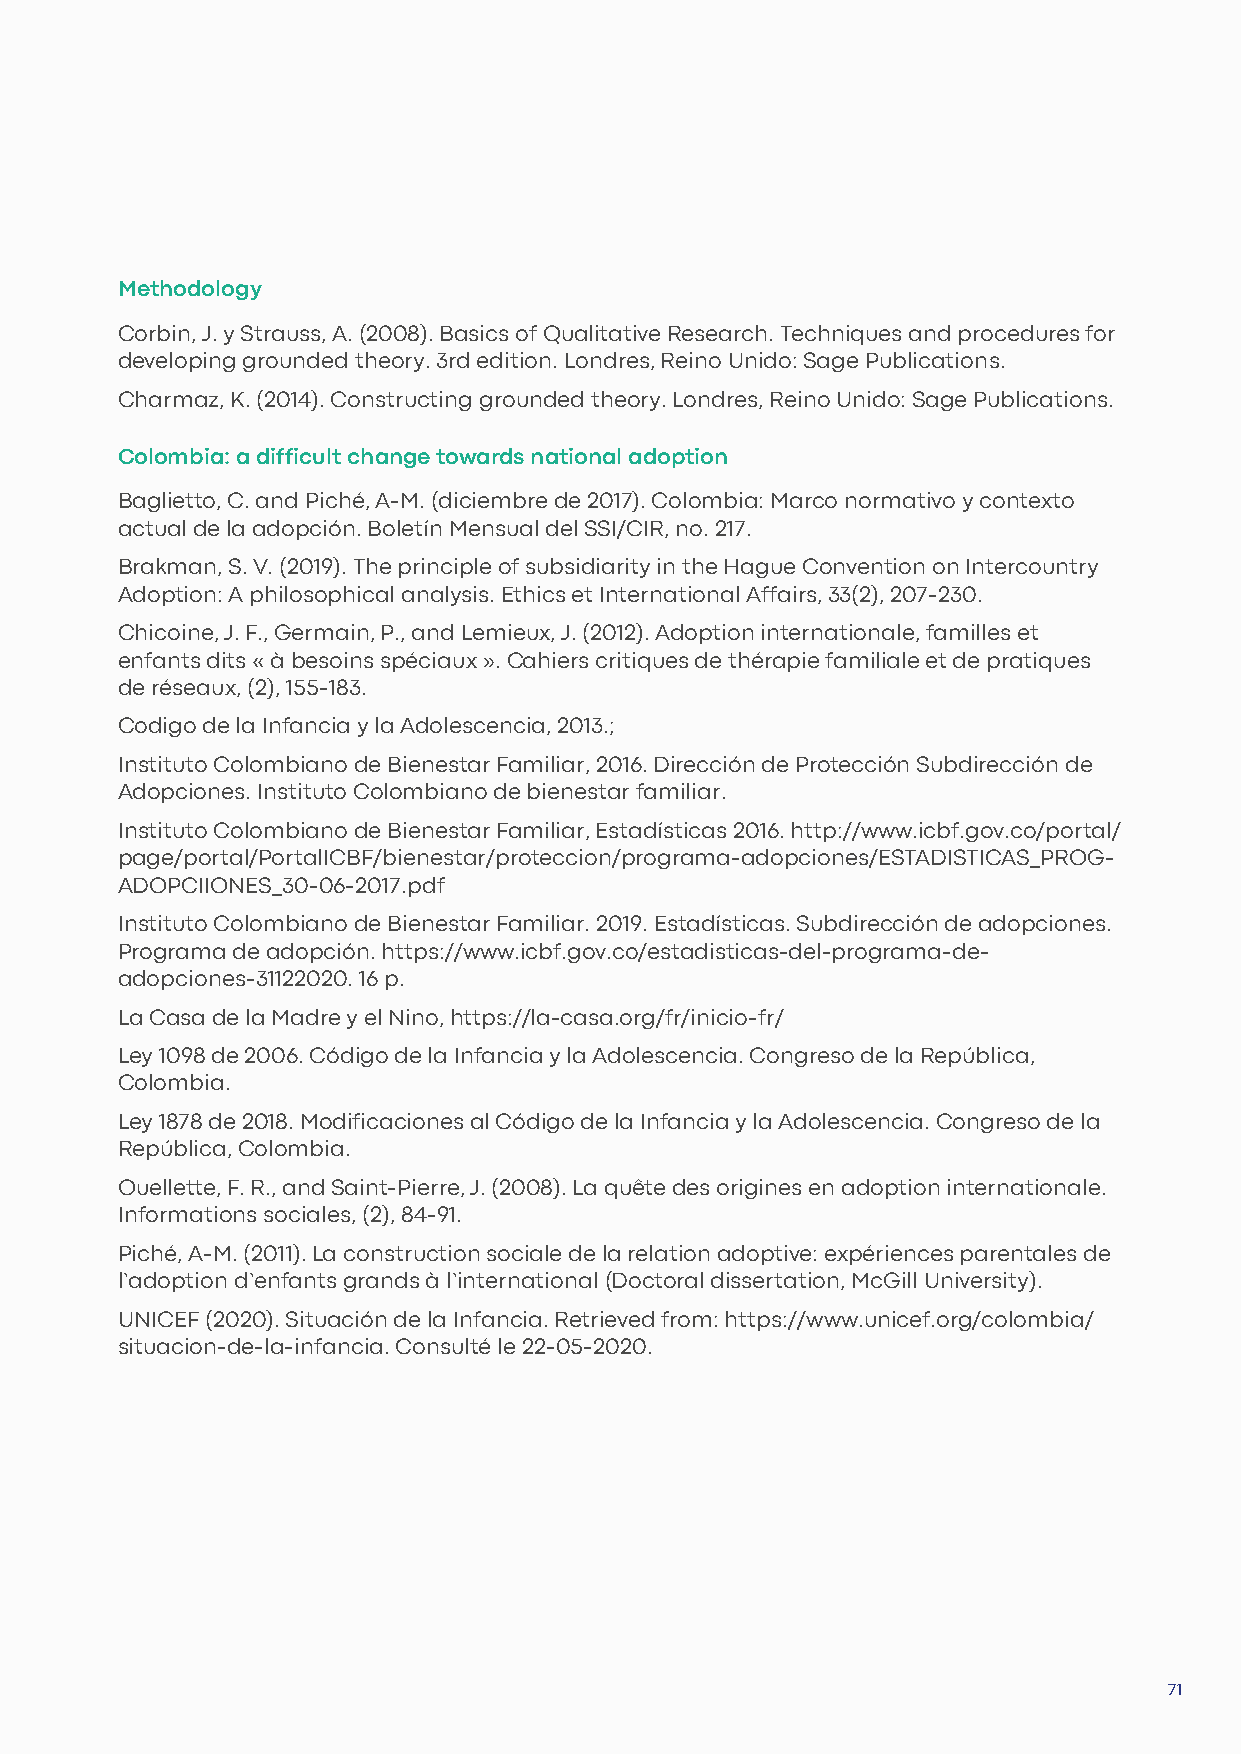
Methodology
 Corbin, J. y Strauss, A. (2008). Basics of Qualitative Research. Techniques and procedures for
 developing grounded theory. 3rd edition. Londres, Reino Unido: Sage Publications.
 Charmaz, K. (2014). Constructing grounded theory. Londres, Reino Unido: Sage Publications.
 Colombia: a difficult change towards national adoption
 Baglietto, C. and Piché, A-M. (diciembre de 2017). Colombia: Marco normativo y contexto
 actual de la adopción. Boletín Mensual del SSI/CIR, no. 217.
 Brakman, S. V. (2019). The principle of subsidiarity in the Hague Convention on Intercountry
 Adoption: A philosophical analysis. Ethics et International Affairs, 33(2), 207-230.
 Chicoine, J. F., Germain, P., and Lemieux, J. (2012). Adoption internationale, familles et
 enfants dits « à besoins spéciaux ». Cahiers critiques de thérapie familiale et de pratiques
 de réseaux, (2), 155-183.
 Codigo de la Infancia y la Adolescencia, 2013.;
 Instituto Colombiano de Bienestar Familiar, 2016. Dirección de Protección Subdirección de
 Adopciones. Instituto Colombiano de bienestar familiar.
 Instituto Colombiano de Bienestar Familiar, Estadísticas 2016. http://www.icbf.gov.co/portal/
 page/portal/PortalICBF/bienestar/proteccion/programa-adopciones/ESTADISTICAS_PROG-
 ADOPCIIONES_30-06-2017.pdf
 Instituto Colombiano de Bienestar Familiar. 2019. Estadísticas. Subdirección de adopciones.
 Programa de adopción. https://www.icbf.gov.co/estadisticas-del-programa-de-
 adopciones-31122020. 16 p.
 La Casa de la Madre y el Nino, https://la-casa.org/fr/inicio-fr/
 Ley 1098 de 2006. Código de la Infancia y la Adolescencia. Congreso de la República,
 Colombia.
 Ley 1878 de 2018. Modificaciones al Código de la Infancia y la Adolescencia. Congreso de la
 República, Colombia.
 Ouellette, F. R., and Saint-Pierre, J. (2008). La quête des origines en adoption internationale.
 Informations sociales, (2), 84-91.
 Piché, A-M. (2011). La construction sociale de la relation adoptive: expériences parentales de
 l’adoption d’enfants grands à l’international (Doctoral dissertation, McGill University).
 UNICEF (2020). Situación de la Infancia. Retrieved from: https://www.unicef.org/colombia/
 situacion-de-la-infancia. Consulté le 22-05-2020.
 71